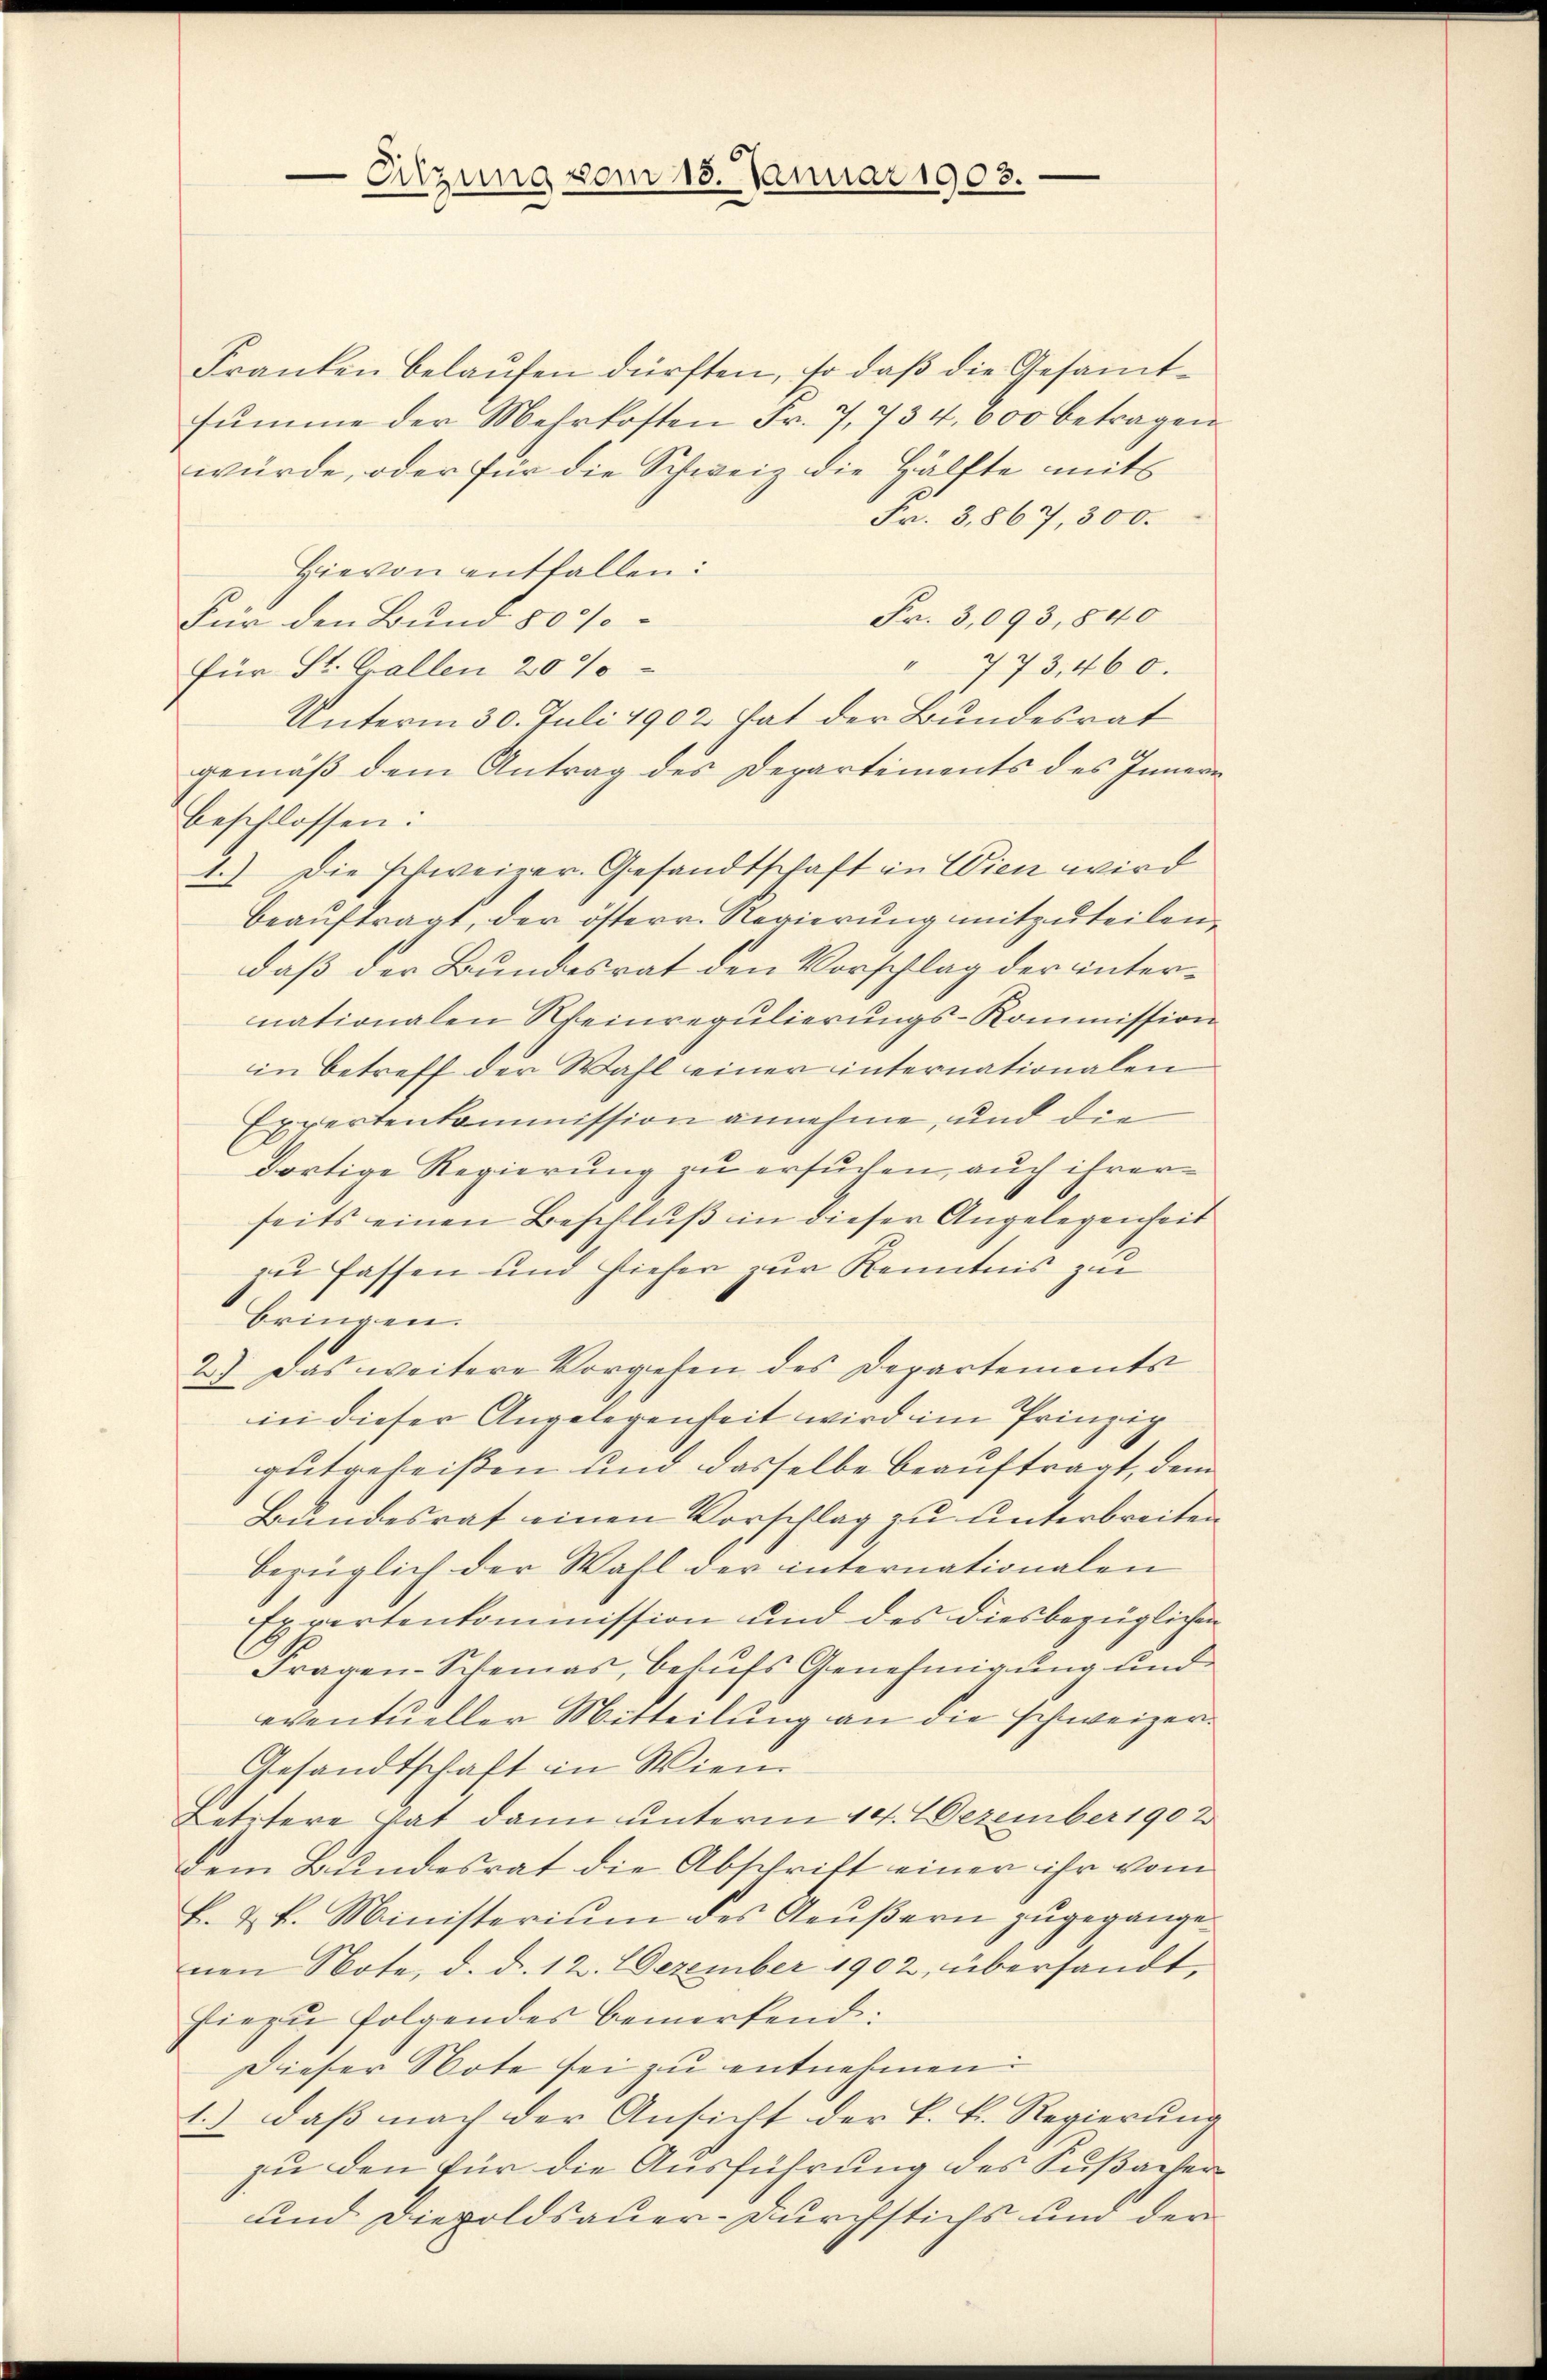
-Sitzung vom 15. Januar 1903.

Franken belaufen dürften, so daß die Gesammtsŭmme der Mehrkosten Fr. 7, 234. 600 betragen
würde, oder für die Schweiz die Hälfte mit
Fr. 3,867, 300.
Hievon entfallen:
Fr. 3,093,840
Für den Bund 800/
" 773,460.
für St. Gallen 20 %
Unterm 30. Juli 1902 hat der Bundesrat
gemäß dem Antrag des Departements des Innern
beschlossen:
1.) Die schweiner. Gesandtschaft in Wien wird
beaŭftragt, der österr. Regierung mitzuteilen,
daß der Bundesrat den Vorschlag der internationalen Weinregulierungs-Kommission
in betreff der Wahl einer internationalen
Expertenkommission annehme, und die
dortige Regierung zu ersuchen, auch ihrerseits einen Beschluß in dieser Angelegenheit
zu fassen und hieher zur Kenntnis zur
bringen.
2) Das weitere Vorgehen des Departements
in dieser Angelegenheit wird im Prinzip
gutgeheißen und dasselbe beauftragt, dem
Bŭndesrat einen Vorschlag zu unterbreiten
bezüglich der Wahl der internationalen
Expertenkommission und des diesbezüglichen
Fragen-Schemas, behufs Genehmigung und
eventueller Mitteilung an die schweizer¬
Gesandtschaft in Wien
Letztere hat dann unterm 14. Dezember 1902
dem Bundesrat die Abschrift einer ihr vom
B. u. k. Ministerium des Aeußern zugegangenen Note, d. d. 12. Dezember 1902 übersandt,
hiezu folgendes bemerkend:
Dieser Note sei zu entnehmen:
1.) daβ nach der Ansicht der k. k. Regierŭng
zu den für die Ausführung des Sußacher
und Diepoldsauer-Durchstichs und der